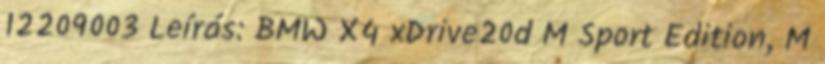
12209003 Leírás: BMW X4 xDrive20d M Sport Edition, M